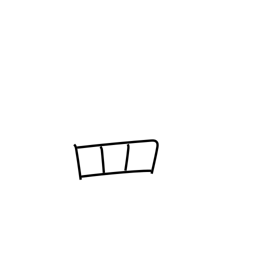
Meaning: net radical variant (no. 122)